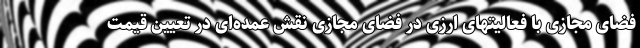
فضای مجازی با فعالیتهای ارزی در فضای مجازی نقش عمده‌ای در تعیین قیمت